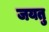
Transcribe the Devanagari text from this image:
जयतु